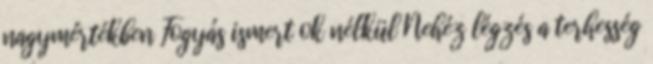
nagymértékben Fogyás ismert ok nélkül Nehéz légzés a terhesség